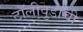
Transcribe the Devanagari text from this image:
टॉलीवुडाची